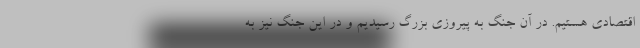
اقتصادی هستیم. در آن جنگ به پیروزی بزرگ رسیدیم و در این جنگ نیز به